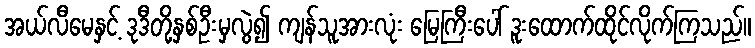
အယ်လီမေနှင့် ဒုဒီတို့နှစ်ဦးမှလွဲ၍ ကျန်သူအားလုံး မြေကြီးပေါ် ဒူးထောက်ထိုင်လိုက်ကြသည်။